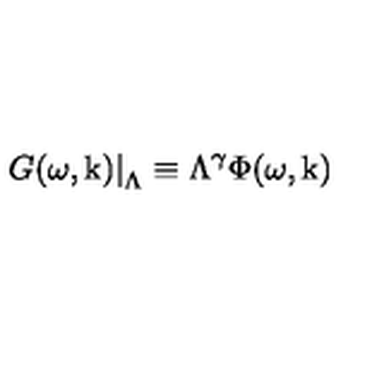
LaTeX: \left. G ( \omega , \mathrm { \boldmath k } ) \right| _ { \Lambda } \equiv \Lambda ^ { \gamma } \Phi ( \omega , \mathrm { \boldmath k } )